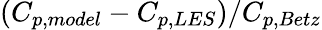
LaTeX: (C_{p,model}-C_{p,LES})/C_{p,Betz}